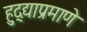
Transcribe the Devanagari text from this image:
हुद्द्याप्रमाणे